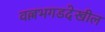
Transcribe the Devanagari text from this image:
वल्लभगडदेखील